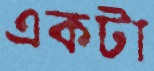
একটা